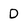
Character: D